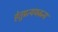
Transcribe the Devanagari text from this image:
हेतुप्रत्ययजन्य